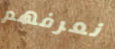
نعرفهم